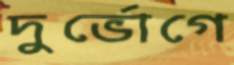
দুর্ভোগে